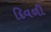
દિવળી